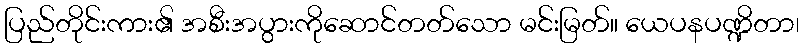
ပြည်တိုင်းကား၏ အစီးအပွားကိုဆောင်တတ်သော မင်းမြတ်။ ယေပနပဏ္ဍိတာ၊